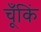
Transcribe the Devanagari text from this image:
चूँकिं